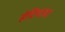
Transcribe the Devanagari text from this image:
हेदिपाडा